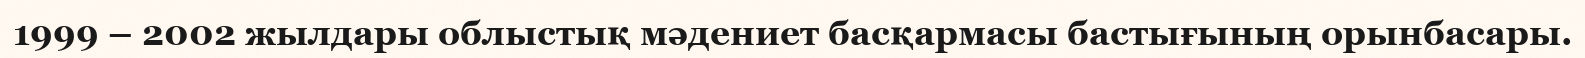
1999 – 2002 жылдары облыстық мәдениет басқармасы бастығының орынбасары.